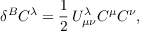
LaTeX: \delta ^ { B } C ^ { \lambda } = \frac { 1 } { 2 } \, U _ { \mu \nu } ^ { \lambda } C ^ { \mu } C ^ { \nu } ,